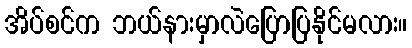
အိပ်စင်က ဘယ်နားမှာလဲပြောပြနိုင်မလား။